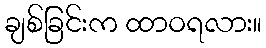
ချစ်ခြင်းက ထာဝရလား။